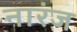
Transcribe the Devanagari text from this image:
नारंज